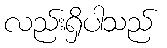
လည်းရှိပါသည်